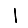
Digit: 1